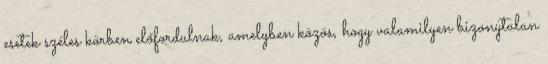
esetek széles körben előfordulnak, amelyben közös, hogy valamilyen bizonytalan